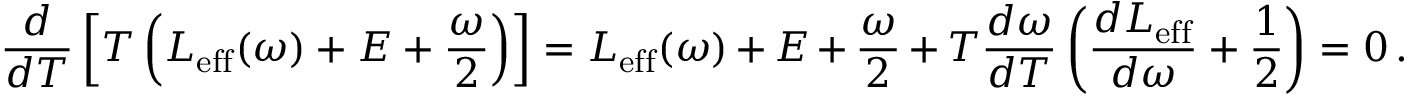
\frac { d } { d T } \left[ T \left( L _ { \mathrm { e f f } } ( \omega ) + E + \frac { \omega } { 2 } \right) \right] = L _ { \mathrm { e f f } } ( \omega ) + E + \frac { \omega } { 2 } + T \frac { d \omega } { d T } \left( \frac { d L _ { \mathrm { e f f } } } { d \omega } + \frac { 1 } { 2 } \right) = 0 \, .